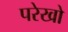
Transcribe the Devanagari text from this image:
परेखो